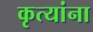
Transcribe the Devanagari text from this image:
कृत्यांना